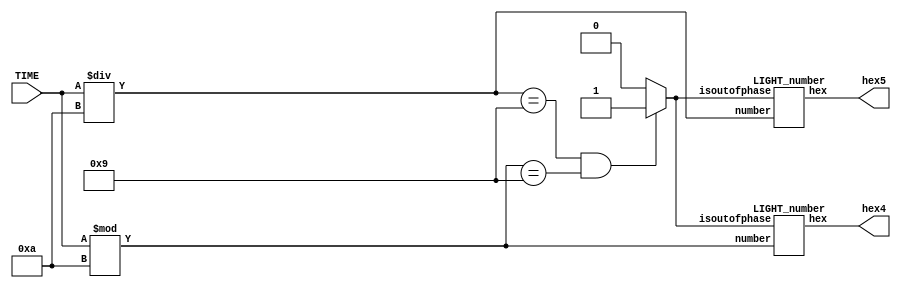
module DISPLAY_number(
output [6:0]hex4, hex5,
input [6:0]TIME
);
reg [6:0] number[1:0];
wire [6:0] hex_buffer[1:0];
reg isoutofphase;
always @(*) begin
	number[0]=TIME%4'd10;
	number[1]=TIME/4'd10;	
	if ( number[1]== 4'd9  && number[0]== 4'd9) begin
		isoutofphase = 1'b1;
	end
	else begin
		isoutofphase = 1'b0;
	end
end

LIGHT_number sec_1(hex_buffer[0], number[0], isoutofphase);
LIGHT_number sec_10(hex_buffer[1], number[1], isoutofphase);

assign hex4 = hex_buffer[0];
assign hex5 = hex_buffer[1];
endmodule

//////////////////////////////    module  LIGHT (number) ///////////////////////////////

module LIGHT_number(
output	[6:0]hex,
input 	[6:0]number,
input 	isoutofphase
);
reg [6:0]buffer;
assign hex = buffer;
always @(*) begin
if (isoutofphase == 1'b1)begin
	buffer = 7'b0010000; // 9 
end
else begin
	case(number)
		0 : buffer=7'b1000000;
		1 : buffer=7'b1111001;
		2 : buffer=7'b0100100;
		3 : buffer=7'b0110000;
		4 : buffer=7'b0011001;
		5 : buffer=7'b0010010;
		6 : buffer=7'b0000010;
		7 : buffer=7'b1111000;
		8 : buffer=7'b0000000;
		9 : buffer=7'b0010000;
		default : buffer = 7'b1000000;// 0 
	endcase
end
end

endmodule